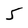
Character: 5